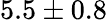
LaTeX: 5.5\pm 0.8